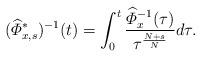
LaTeX: \begin{align*} (\widehat{\varPhi}^*_{x,s})^{-1}(t)=\int_{0}^{t}\dfrac{\widehat{\varPhi}_{x}^{-1}(\tau)}{\tau^{\frac{N+s}{N}}}d\tau. \end{align*}